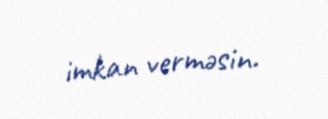
imkan verməsin.